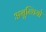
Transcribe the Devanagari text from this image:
अनुन्चियो